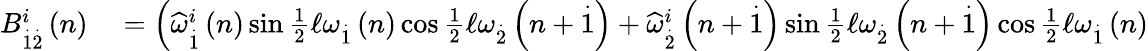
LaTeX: \begin{array}{rl}{B_{\overset{.}{1}\overset{.}{2}}^{i}\left(n\right)}&{{}=\left(\widehat{\omega}_{\overset{.}{1}}^{i}\left(n\right)\sin\frac{1}{2}\mathcal{\ell}\omega_{\overset{.}{1}}\left(n\right)\cos\frac{1}{2}\mathcal{\ell}\omega_{\overset{.}{2}}\left(n+\overset{.}{1}\right)+\widehat{\omega}_{\overset{.}{2}}^{i}\left(n+\overset{.}{1}\right)\sin\frac{1}{2}\mathcal{\ell}\omega_{\overset{.}{2}}\left(n+\overset{.}{1}\right)\cos\frac{1}{2}\mathcal{\ell}\omega_{\overset{.}{1}}\left(n\right)\right.}\end{array}